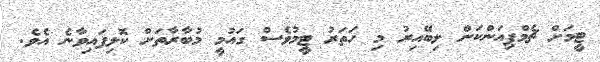
ޓީމަށް ޗެމްޕިއަންކަން ލިބޭއިރު މި ހަތަރު ޓީމުވެސް ގައުމީ މުބާރާތަށް ކޮލިފައިވާނެ އެވެ.